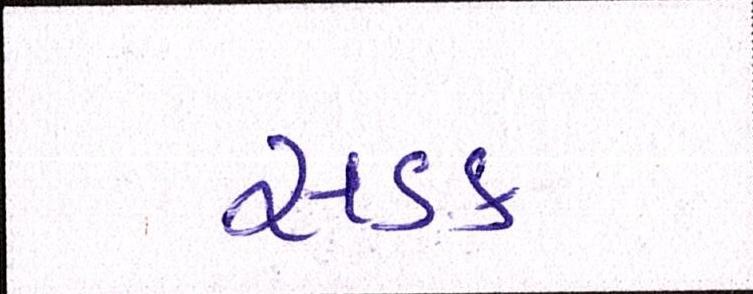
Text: સડક